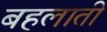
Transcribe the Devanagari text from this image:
बहलाती